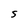
Character: S